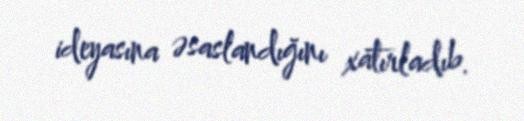
ideyasına əsaslandığını xatırladıb.